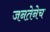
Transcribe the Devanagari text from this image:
जनतेनेच